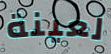
لعينة